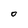
Character: O